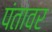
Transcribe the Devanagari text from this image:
पंतावर